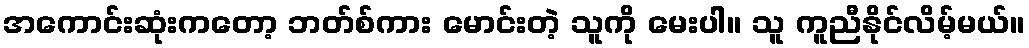
အကောင်းဆုံးကတော့ ဘတ်စ်ကား မောင်းတဲ့ သူကို မေးပါ။ သူ ကူညီနိုင်လိမ့်မယ်။